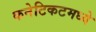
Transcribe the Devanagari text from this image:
कनेटिकटमध्ये